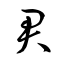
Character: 君